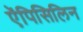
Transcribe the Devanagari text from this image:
ऐंपिसिलिन